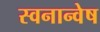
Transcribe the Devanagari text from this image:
स्वनान्वेष